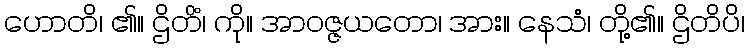
ဟောတိ၊ ၏။ ဌိတိံ၊ ကို။ အာဝဇ္ဇယတော၊ အား။ နေသံ၊ တို့၏။ ဌိတိပိ၊